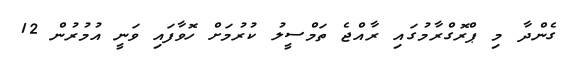
ގެންދާ މި ޕްރޮގްރާމުގައި ރާއްޖެ ތަމްސީލު ކުރުމަށް ހޮވާފައި ވަނީ އުމުރުން 12